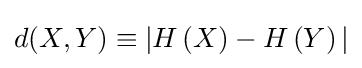
d(X,Y)\equiv |H\left(X\right)-H\left(Y\right)|